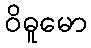
ဝိဓူမော